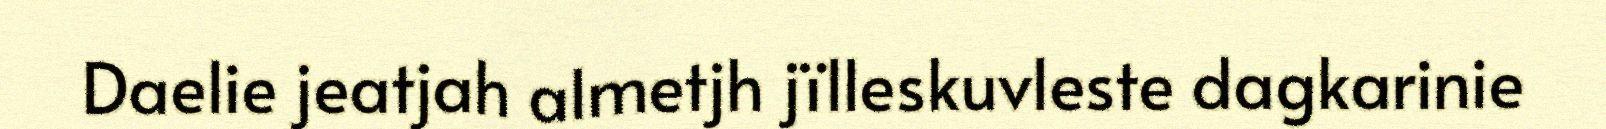
Daelie jeatjah almetjh jïlleskuvleste dagkarinie